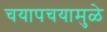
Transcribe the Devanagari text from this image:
चयापचयामुळे